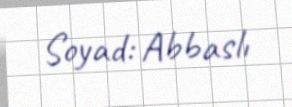
Soyad: Abbaslı